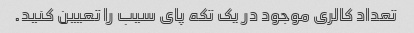
تعداد کالری موجود در یک تکه پای سیب را تعیین کنید.